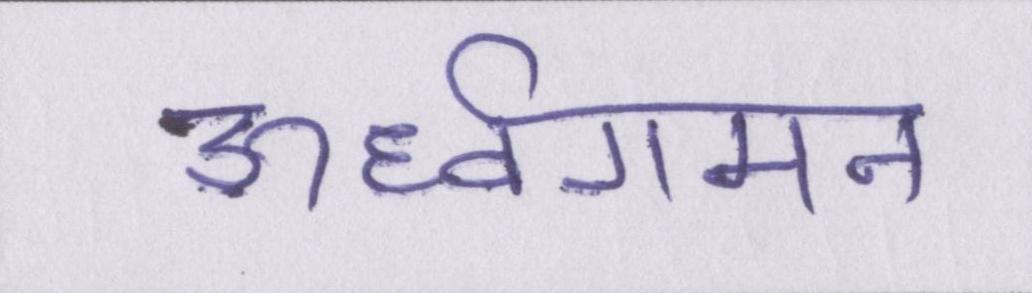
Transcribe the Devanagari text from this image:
ऊर्ध्वगमन